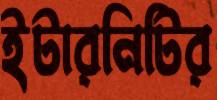
ইটারনিটির